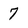
Character: 7